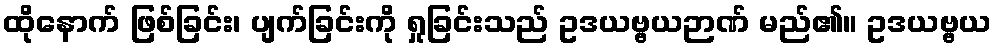
ထိုနောက် ဖြစ်ခြင်း၊ ပျက်ခြင်းကို ရှုခြင်းသည် ဥဒယဗ္ဗယဉာဏ် မည်၏။ ဥဒယဗ္ဗယ